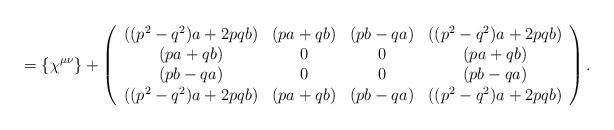
LaTeX: \begin{align*}= \{\chi^{\mu\nu}\} +\left(\begin{array}{cccc}((p^2 - q^2)a + 2pqb) & (pa + qb) & (pb -qa) & ((p^2 - q^2)a + 2pqb) \\(pa + qb) &0 & 0 & (pa + qb) \\(pb -qa) & 0 & 0 & (pb -qa) \\((p^2 - q^2)a + 2pqb) &( pa + qb) &( pb -qa) & ((p^2 - q^2)a + 2pqb)\end{array}\right).\end{align*}